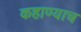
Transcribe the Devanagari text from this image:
कहाण्याच